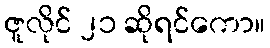
ဇူလိုင် ၂၁ ဆိုရင်ကော။